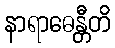
နာရာဓေန္တီတိ